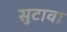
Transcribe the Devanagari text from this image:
सुटावा